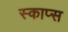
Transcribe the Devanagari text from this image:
स्काप्स